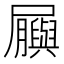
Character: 𫵬